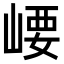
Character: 崾